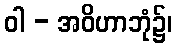
ဝါ - အဝိဟာဘုံ၌၊